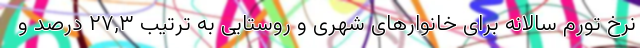
نرخ تورم سالانه برای خانوارهای شهری و روستایی به ترتیب ٢٧,٣ درصد و